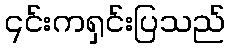
၎င်းကရှင်းပြသည်